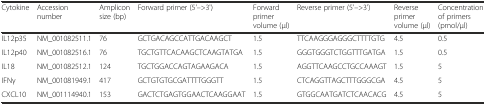
<table><thead><tr><td><b>Cytokine</b></td><td><b>Accession number</b></td><td><b>Amplicon size (bp)</b></td><td><b>Forward primer (5&#x27;–&gt;3&#x27;)</b></td><td><b>Forward primer volume (μl)</b></td><td><b>Reverse primer (5&#x27;–&gt;3&#x27;)</b></td><td><b>Reverse primer volume (μl)</b></td><td><b>Concentration of primers (pmol/μl)</b></td></tr></thead><tbody><tr><td>IL12p35</td><td>NM_001082511.1</td><td>76</td><td>GCTGACAGCCATTGACAAGCT</td><td>1.5</td><td>TTCAAGGGAGGGCTTTTGTG</td><td>4.5</td><td>0.5</td></tr><tr><td>IL12p40</td><td>NM_001082516.1</td><td>76</td><td>TGCTGTTCACAAGCTCAAGTATGA</td><td>1.5</td><td>GGGTGGGTCTGGTTTGATGA</td><td>1.5</td><td>0.5</td></tr><tr><td>IL18</td><td>NM_001082512.1</td><td>124</td><td>TGCTGGACCAGTAGAAGACA</td><td>1.5</td><td>AGGTTCAAGCCTGCCAAAGT</td><td>1.5</td><td>5</td></tr><tr><td>IFNγ</td><td>NM_001081949.1</td><td>417</td><td>GCTGTGTGCGATTTTGGGTT</td><td>1.5</td><td>CTCAGGTTAGCTTTGGGCGA</td><td>4.5</td><td>5</td></tr><tr><td>CXCL10</td><td>NM_001114940.1</td><td>153</td><td>GACTCTGAGTGGAACTCAAGGAAT</td><td>1.5</td><td>GTGGCAATGATCTCAACACG</td><td>4.5</td><td>5</td></tr></tbody></table>